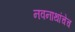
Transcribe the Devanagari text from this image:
नवनाथांचेच